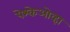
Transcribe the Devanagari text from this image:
पेश्केओव्हा